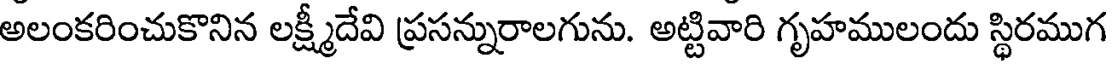
అలంకరించుకొనిన లక్ష్మీదేవి ప్రసన్నురాలగును. అట్టివారి గృహములందు స్థిరముగ